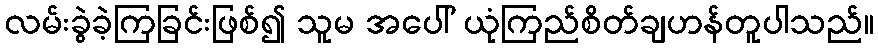
လမ်းခွဲခဲ့ကြခြင်းဖြစ်၍ သူမ အပေါ် ယုံကြည်စိတ်ချဟန်တူပါသည်။